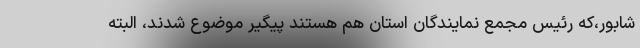
شابور،که رئیس مجمع نمایندگان استان هم هستند پیگیر موضوع شدند، البته